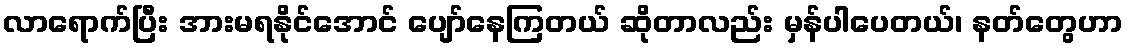
လာရောက်ပြီး အားမရနိုင်အောင် ပျော်နေကြတယ် ဆိုတာလည်း မှန်ပါပေတယ်၊ နတ်တွေဟာ